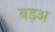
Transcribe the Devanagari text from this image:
बड़अ